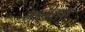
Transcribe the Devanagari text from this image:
मालीराम